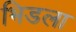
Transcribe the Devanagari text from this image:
भिडला